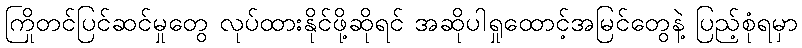
ကြိုတင်ပြင်ဆင်မှုတွေ လုပ်ထားနိုင်ဖို့ဆိုရင် အဆိုပါရှုထောင့်အမြင်တွေနဲ့ ပြည့်စုံရမှာ